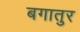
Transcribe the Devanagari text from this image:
बगातुर